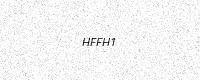
Text: HFFH1